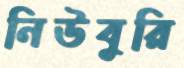
নিউবুরি